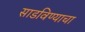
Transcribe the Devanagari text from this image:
साडविण्याचा